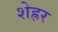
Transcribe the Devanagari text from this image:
शेह्रर